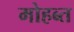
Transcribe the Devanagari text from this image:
मोहब्त